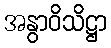
အနွာဝိသိဋ္ဌာ